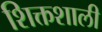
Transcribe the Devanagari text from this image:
शिक्तशाली